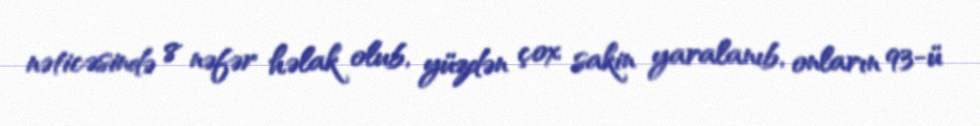
nəticəsində 8 nəfər həlak olub, yüzdən çox sakin yaralanıb, onların 93-ü